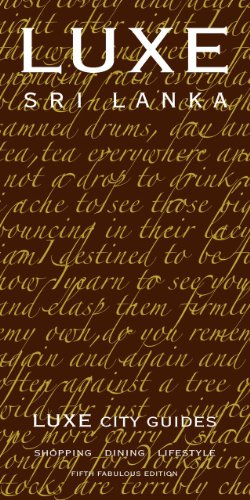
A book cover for LUXE Sri Lanka (LUXE City Guides); LUXE City Guides; Travel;